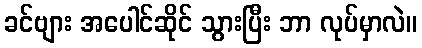
ခင်ဗျား အပေါင်ဆိုင် သွားပြီး ဘာ လုပ်မှာလဲ။